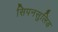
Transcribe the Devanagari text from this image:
सिपनसुलिड